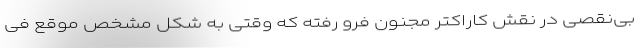
بی‌نقصی در نقش کاراکتر مجنون فرو رفته که وقتی به شکل مشخص موقع فی